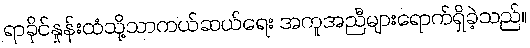
ရာခိုင်နှုန်းထံသို့သာကယ်ဆယ်ရေး အကူအညီများရောက်ရှိခဲ့သည်။